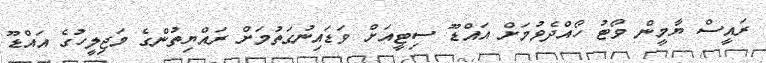
ރައީސް ޔާމީން ވޯޓު ހޯއްދެވުމަށް އައްޑޫ ސިޓީއަށް ވަޑައިނުގަތުމަށް ރައްޔިތުންގެ މަޖިލީހުގެ އައްޑޫ